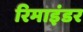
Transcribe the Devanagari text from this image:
रिमाइंडर